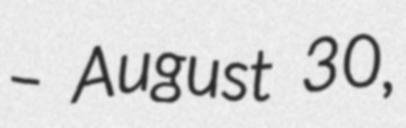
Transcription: – August 30,